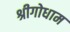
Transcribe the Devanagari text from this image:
श्रीगोधाम